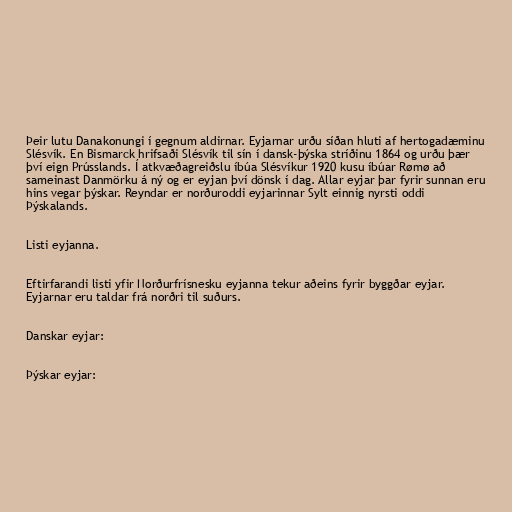
Þeir lutu Danakonungi í gegnum aldirnar. Eyjarnar urðu síðan hluti af hertogadæminu
Slésvík. En Bismarck hrifsaði Slésvík til sín í dansk-þýska stríðinu 1864 og urðu þær
því eign Prússlands. Í atkvæðagreiðslu íbúa Slésvíkur 1920 kusu íbúar Rømø að
sameinast Danmörku á ný og er eyjan því dönsk í dag. Allar eyjar þar fyrir sunnan eru
hins vegar þýskar. Reyndar er norðuroddi eyjarinnar Sylt einnig nyrsti oddi
Þýskalands.

Listi eyjanna.

Eftirfarandi listi yfir Norðurfrísnesku eyjanna tekur aðeins fyrir byggðar eyjar.
Eyjarnar eru taldar frá norðri til suðurs.

Danskar eyjar:

Þýskar eyjar: